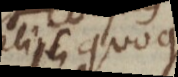
aliis quoque